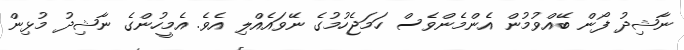
ނާޝިދު ފޯން ބޭއްވުމުން އެންމެންވެސް ހަމަޖެހުމުގެ ނޭވައެއްލި އެވެ. އެމީހުންގެ ނާޝިދު މުޅިން